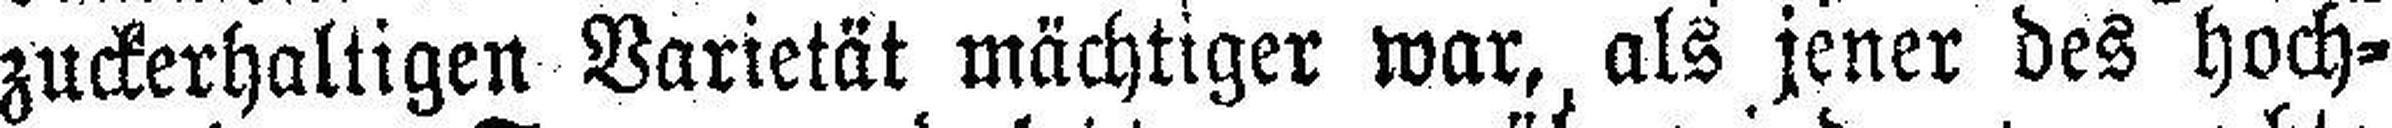
zuckerhaltigen Varietät mächtiger war, als jener des hoch¬